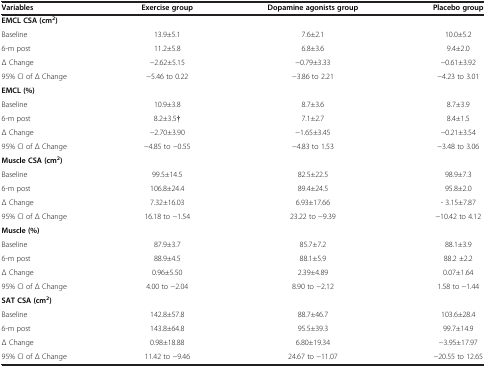
<table><thead><tr><td><b>Variables</b></td><td><b>Exercise group</b></td><td><b>Dopamine agonists group</b></td><td><b>Placebo group</b></td></tr></thead><tbody><tr><td><b>EMCL CSA (cm</b><sup><b>2</b></sup><b>)</b></td><td>[EMPTY_CELL]</td><td>[EMPTY_CELL]</td><td>[EMPTY_CELL]</td></tr><tr><td>Baseline</td><td>13.9±5.1</td><td>7.6±2.1</td><td>10.0±5.2</td></tr><tr><td>6-m post</td><td>11.2±5.8</td><td>6.8±3.6</td><td>9.4±2.0</td></tr><tr><td>Δ Change</td><td>−2.62±5.15</td><td>−0.79±3.33</td><td>−0.61±3.92</td></tr><tr><td>95% CI of Δ Change</td><td>−5.46 to 0.22</td><td>−3.86 to 2.21</td><td>−4.23 to 3.01</td></tr><tr><td><b>EMCL (%)</b></td><td>[EMPTY_CELL]</td><td>[EMPTY_CELL]</td><td>[EMPTY_CELL]</td></tr><tr><td>Baseline</td><td>10.9±3.8</td><td>8.7±3.6</td><td>8.7±3.9</td></tr><tr><td>6-m post</td><td>8.2±3.5†</td><td>7.1±2.7</td><td>8.4±1.5</td></tr><tr><td>Δ Change</td><td>−2.70±3.90</td><td>−1.65±3.45</td><td>−0.21±3.54</td></tr><tr><td>95% CI of Δ Change</td><td>−4.85 to −0.55</td><td>−4.83 to 1.53</td><td>−3.48 to 3.06</td></tr><tr><td><b>Muscle CSA (cm</b><sup><b>2</b></sup><b>)</b></td><td>[EMPTY_CELL]</td><td>[EMPTY_CELL]</td><td>[EMPTY_CELL]</td></tr><tr><td>Baseline</td><td>99.5±14.5</td><td>82.5±22.5</td><td>98.9±7.3</td></tr><tr><td>6-m post</td><td>106.8±24.4</td><td>89.4±24.5</td><td>95.8±2.0</td></tr><tr><td>Δ Change</td><td>7.32±16.03</td><td>6.93±17.66</td><td>- 3.15±7.87</td></tr><tr><td>95% CI of Δ Change</td><td>16.18 to −1.54</td><td>23.22 to −9.39</td><td>−10.42 to 4.12</td></tr><tr><td><b>Muscle (%)</b></td><td>[EMPTY_CELL]</td><td>[EMPTY_CELL]</td><td>[EMPTY_CELL]</td></tr><tr><td>Baseline</td><td>87.9±3.7</td><td>85.7±7.2</td><td>88.1±3.9</td></tr><tr><td>6-m post</td><td>88.9±4.5</td><td>88.1±5.9</td><td>88.2 ±2.2</td></tr><tr><td>Δ Change</td><td>0.96±5.50</td><td>2.39±4.89</td><td>0.07±1.64</td></tr><tr><td>95% CI of Δ Change</td><td>4.00 to −2.04</td><td>8.90 to −2.12</td><td>1.58 to −1.44</td></tr><tr><td><b>SAT CSA (cm</b><sup><b>2</b></sup><b>)</b></td><td>[EMPTY_CELL]</td><td>[EMPTY_CELL]</td><td>[EMPTY_CELL]</td></tr><tr><td>Baseline</td><td>142.8±57.8</td><td>88.7±46.7</td><td>103.6±28.4</td></tr><tr><td>6-m post</td><td>143.8±64.8</td><td>95.5±39.3</td><td>99.7±14.9</td></tr><tr><td>Δ Change</td><td>0.98±18.88</td><td>6.80±19.34</td><td>−3.95±17.97</td></tr><tr><td>95% CI of Δ Change</td><td>11.42 to −9.46</td><td>24.67 to −11.07</td><td>−20.55 to 12.65</td></tr></tbody></table>